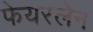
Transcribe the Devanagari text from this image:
फेयरलेन